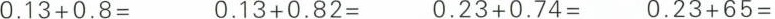
$$0.13+0.8=$$ $$0.13+0.82=$$ $$0.23+0.74=$$ $$0.23+65=$$